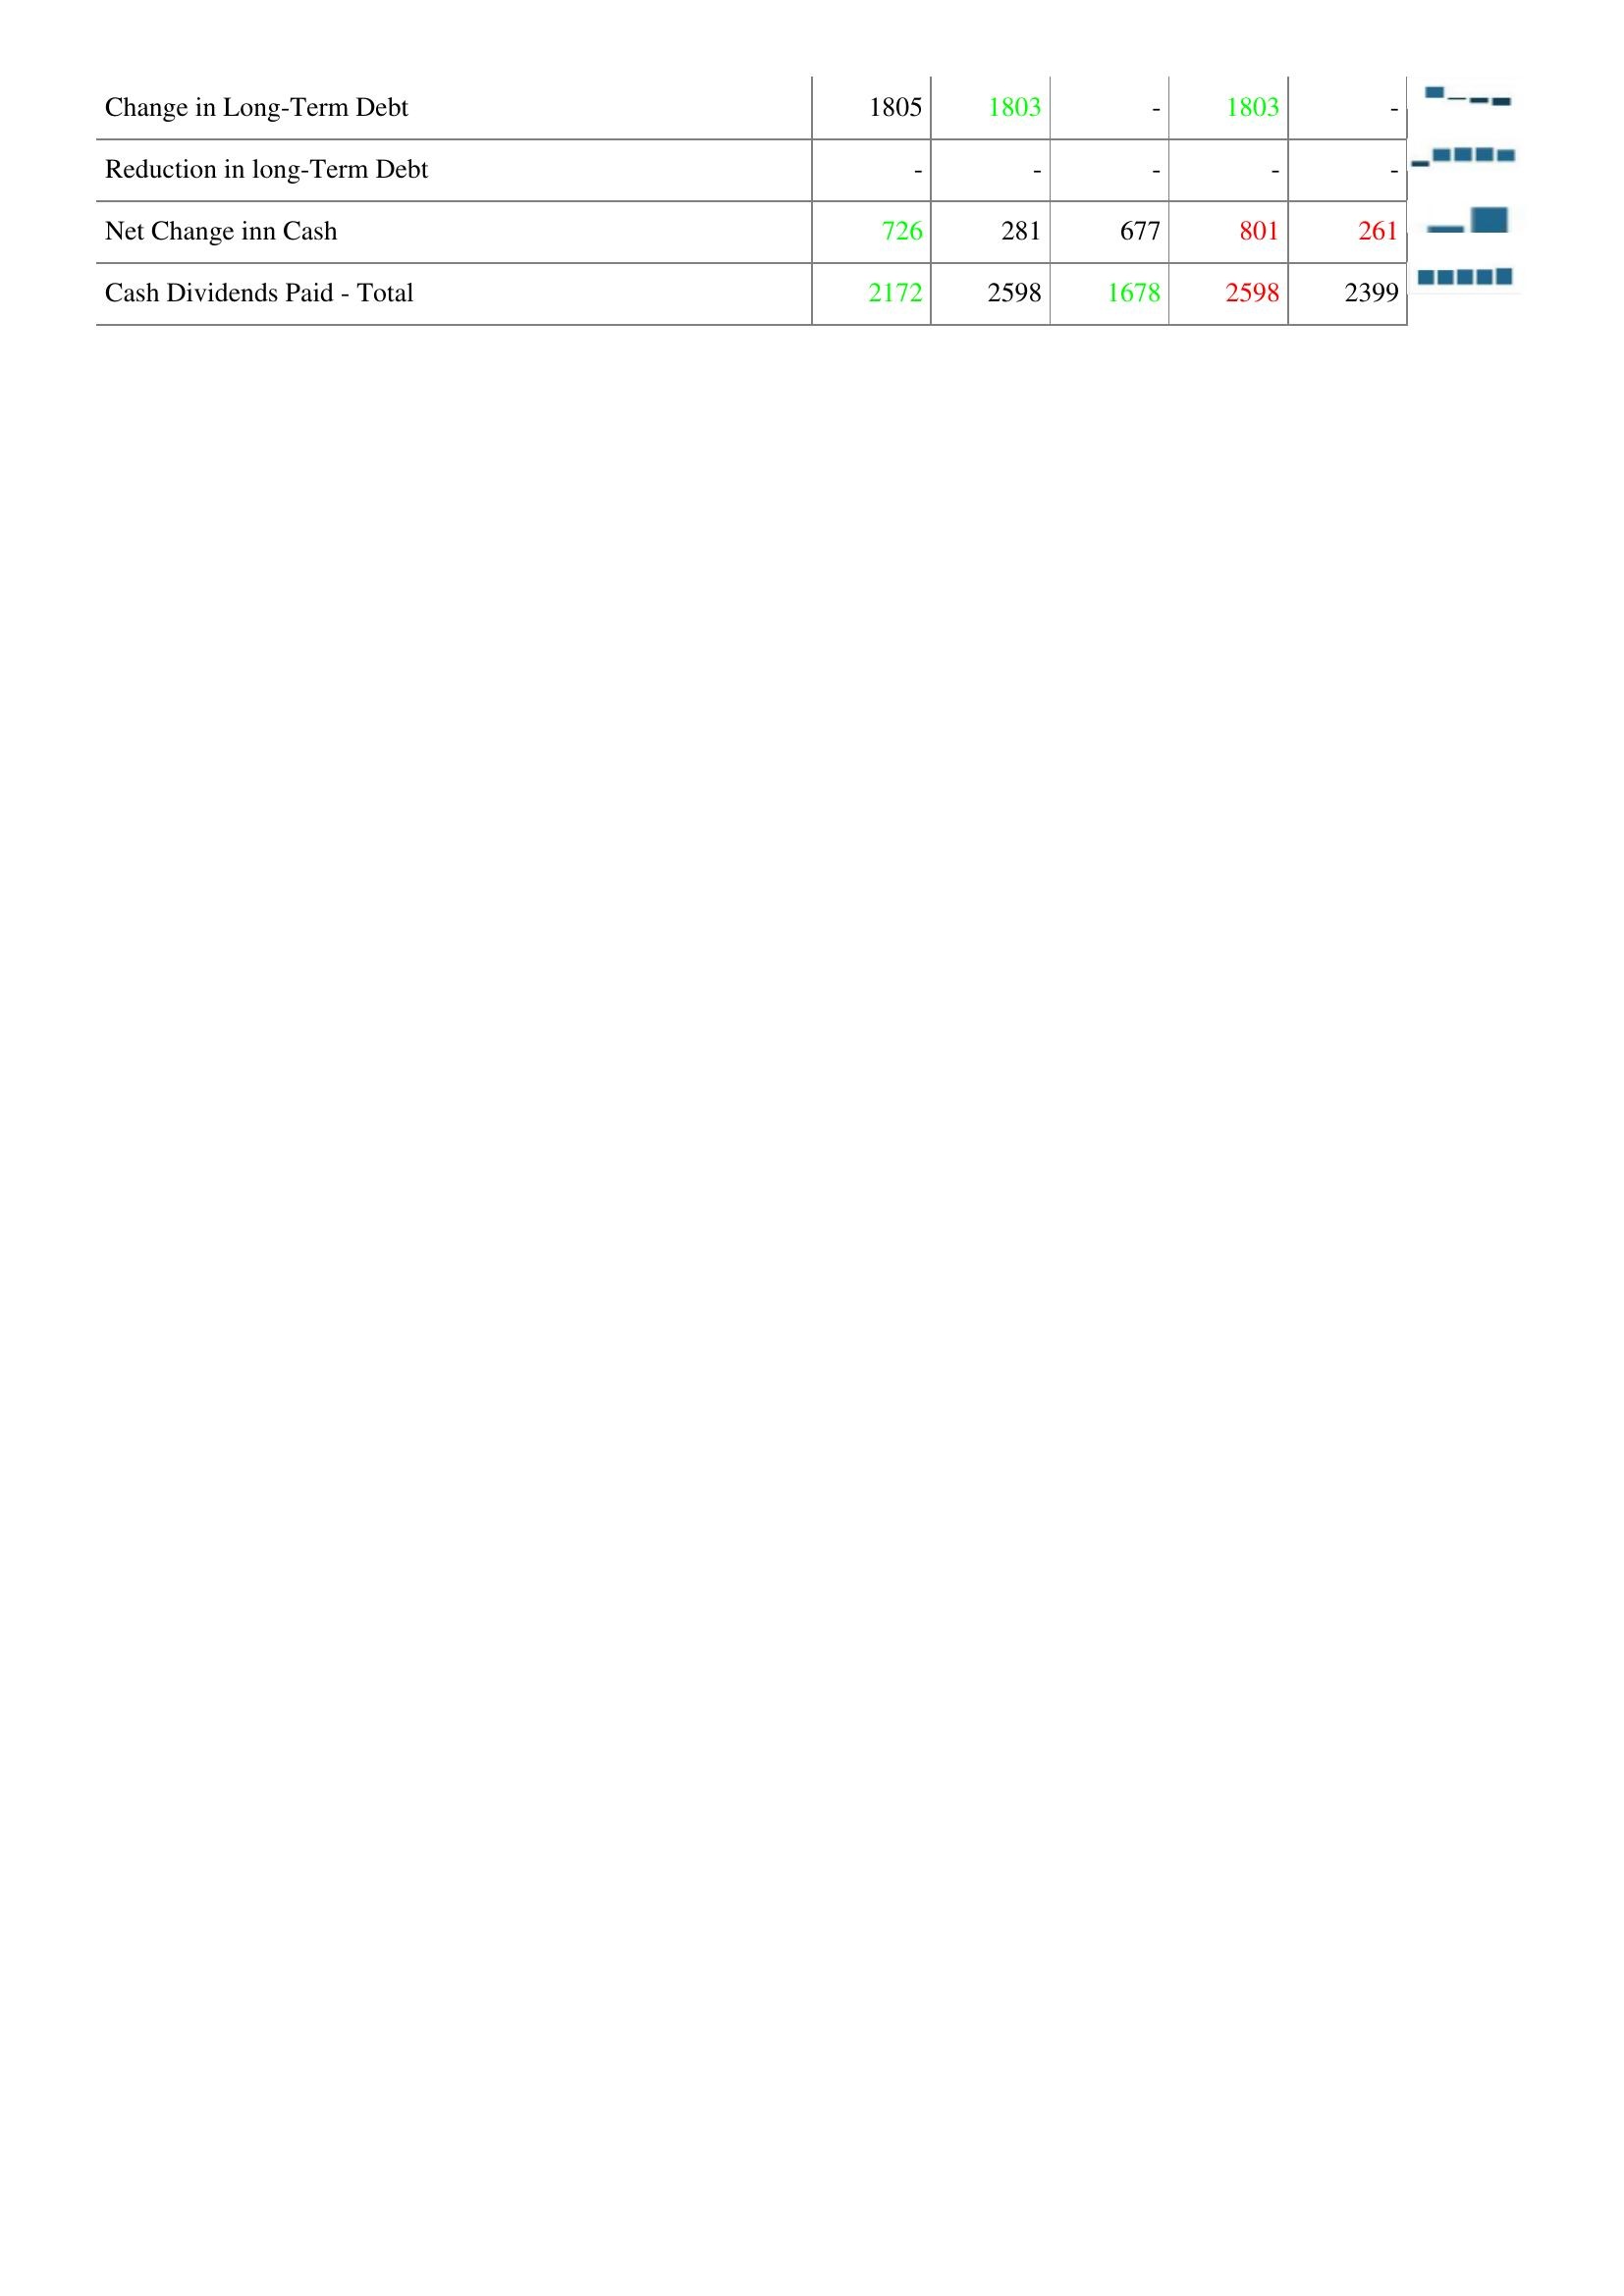
2004: Financing Activities: Change in Long-Term Debt: 1805
Reduction in long-Term Debt: -
Net Change inn Cash: 726
Cash Dividends Paid - Total: 2172
2005: Financing Activities: Change in Long-Term Debt: 1803
Reduction in long-Term Debt: -
Net Change inn Cash: 281
Cash Dividends Paid - Total: 2598
2006: Financing Activities: Change in Long-Term Debt: -
Reduction in long-Term Debt: -
Net Change inn Cash: 677
Cash Dividends Paid - Total: 1678
2007: Financing Activities: Change in Long-Term Debt: 1803
Reduction in long-Term Debt: -
Net Change inn Cash: 801
Cash Dividends Paid - Total: 2598
2008: Financing Activities: Change in Long-Term Debt: -
Reduction in long-Term Debt: -
Net Change inn Cash: 261
Cash Dividends Paid - Total: 2399